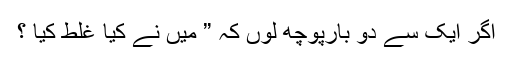
اگر ایک سے دو بارپوچھ لوں کہ ” میں نے کیا غلط کیا ؟